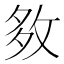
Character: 𡖙